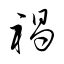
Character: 禍